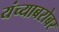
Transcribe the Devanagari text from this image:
यंच्याबरोबर